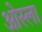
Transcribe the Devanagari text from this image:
ओस्ला